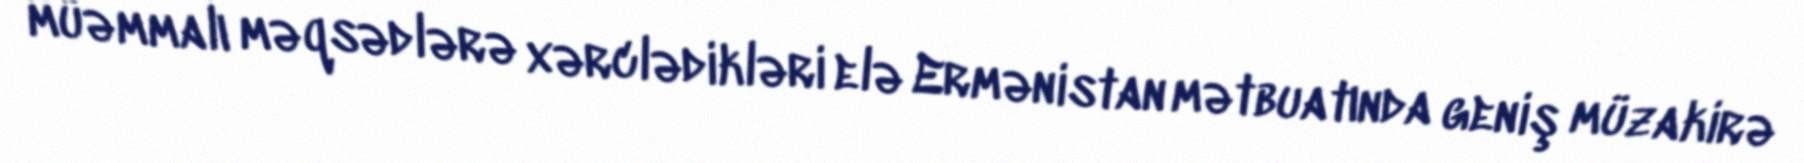
müəmmalı məqsədlərə xərclədikləri elə Ermənistan mətbuatında geniş müzakirə